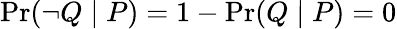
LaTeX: \operatorname*{Pr}(\lnot Q\mid P)=1-\operatorname*{Pr}(Q\mid P)=0